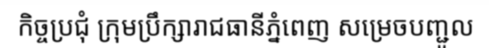
កិច្ចប្រជុំ ក្រុមប្រឹក្សារាជធានីភ្នំពេញ សម្រេចបញ្ជូល